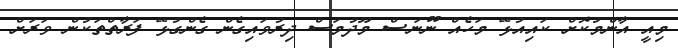
މިއީ އާންމުކޮށް ކައިއުޅޭ މަހެއް ނޫނަސް މޫދުމަސް ދިރުވައިގެން ގެންގުޅޭ ފަރާތްތަކުން ވަރަށް